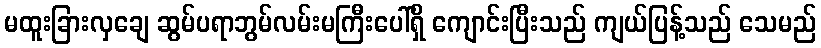
မထူးခြားလှချေ ဆွမ်ပရာဘွမ်လမ်းမကြီးပေါ်ရှိ ကျောင်းပြီးသည် ကျယ်ပြန့်သည် သေမည်